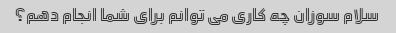
سلام سوزان چه کاری می توانم برای شما انجام دهم؟